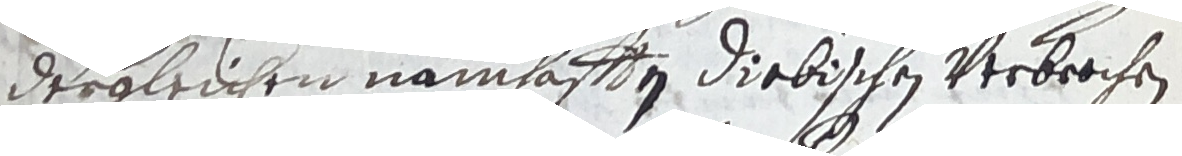
dergleichen namhafften diebischen verbrochen